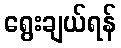
ရွေးချယ်ရန်